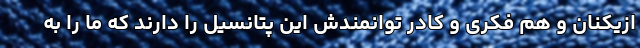
ازیکنان و هم فکری و کادر توانمندش این پتانسیل را دارند که ما را به